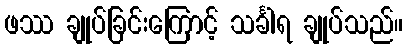
ဖဿ ချုပ်ခြင်းကြောင့် သင်္ခါရ ချုပ်သည်။